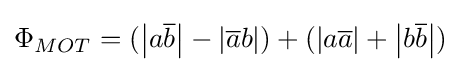
\Phi _{MOT}=(\left\vert a{\overline {b}}\right\vert -\left\vert {\overline {a}}b\right\vert )+(\left\vert a{\overline {a}}\right\vert +\left\vert b{\overline {b}}\right\vert )